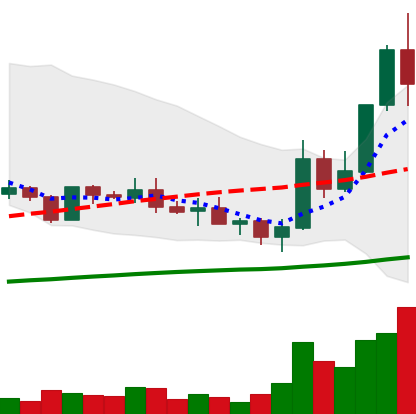
Ticker: ADA-USD
Chart end date: 2019-05-16
Forward return: -4.02%
Label: down_3_5